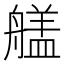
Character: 𮎔